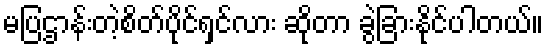
မပြဌာန်းတဲ့စိတ်ပိုင်ရှင်လား ဆိုတာ ခွဲခြားနိုင်ပါတယ်။